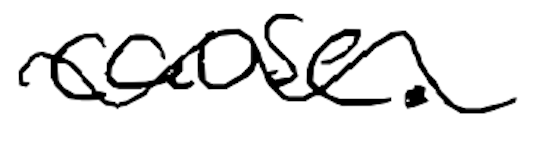
Text: cause.
Cross-out: wave
Writing tool: digital_black